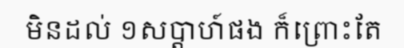
មិនដល់ ១សប្តាហ៍ផង ក៏ព្រោះតែ